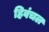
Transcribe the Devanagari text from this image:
हिवंचल